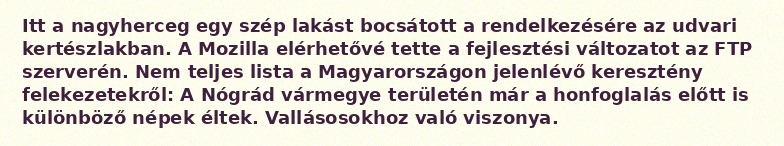
Itt a nagyherceg egy szép lakást bocsátott a rendelkezésére az udvari kertészlakban. A Mozilla elérhetővé tette a fejlesztési változatot az FTP szerverén. Nem teljes lista a Magyarországon jelenlévő keresztény felekezetekről: A Nógrád vármegye területén már a honfoglalás előtt is különböző népek éltek. Vallásosokhoz való viszonya.